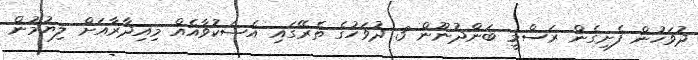
ދުވަހުން ފެށިގެން ރަސްމީ ބަންދުނޫން 3 ދުވަހުގެ ތެރޭގައި އެޝަކުވާއެއް މިއިދާރާއަށް ލިޔުމުން